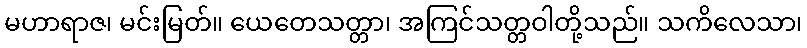
မဟာရာဇ၊ မင်းမြတ်။ ယေတေသတ္တာ၊ အကြင်သတ္တဝါတို့သည်။ သကိလေသာ၊